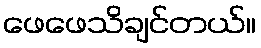
ဖေဖေသိချင်တယ်။